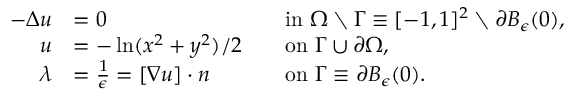
\begin{array} { r l r l } { - \Delta u } & { = 0 } & & { \mathrm { i n } \ \Omega \setminus \Gamma \equiv [ - 1 , 1 ] ^ { 2 } \setminus \partial B _ { \epsilon } ( 0 ) , } \\ { u } & { = - \ln ( x ^ { 2 } + y ^ { 2 } ) / 2 } & & { \mathrm { o n } \ \Gamma \cup \partial \Omega , } \\ { \lambda } & { = \frac { 1 } { \epsilon } = [ \nabla u ] \cdot n } & & { \mathrm { o n } \ \Gamma \equiv \partial B _ { \epsilon } ( 0 ) . } \end{array}